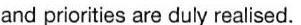
and priorities are duly realised.